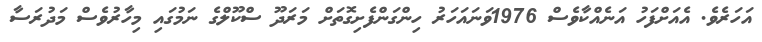
އަހަރެވެ. އެއަށްފަހު އަނެއްކާވެސް 1976ވަނައަހަރު ހިންގަންފެށިގޮތަށް މަރަދޫ ސްކޫލްގެ ނަމުގައި މިހާރުވެސް މަދުރަސާ